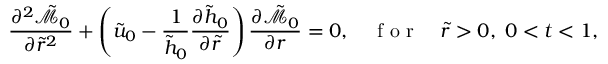
\frac { \partial ^ { 2 } \tilde { \mathcal { M } } _ { 0 } } { \partial \tilde { r } ^ { 2 } } + \left( \tilde { u } _ { 0 } - \frac { 1 } { \tilde { h } _ { 0 } } \frac { \partial \tilde { h } _ { 0 } } { \partial \tilde { r } } \right) \frac { \partial \tilde { \mathcal { M } } _ { 0 } } { \partial r } = 0 , \quad \mathrm { ~ f ~ o ~ r ~ } \quad \tilde { r } > 0 , \; 0 < t < 1 ,